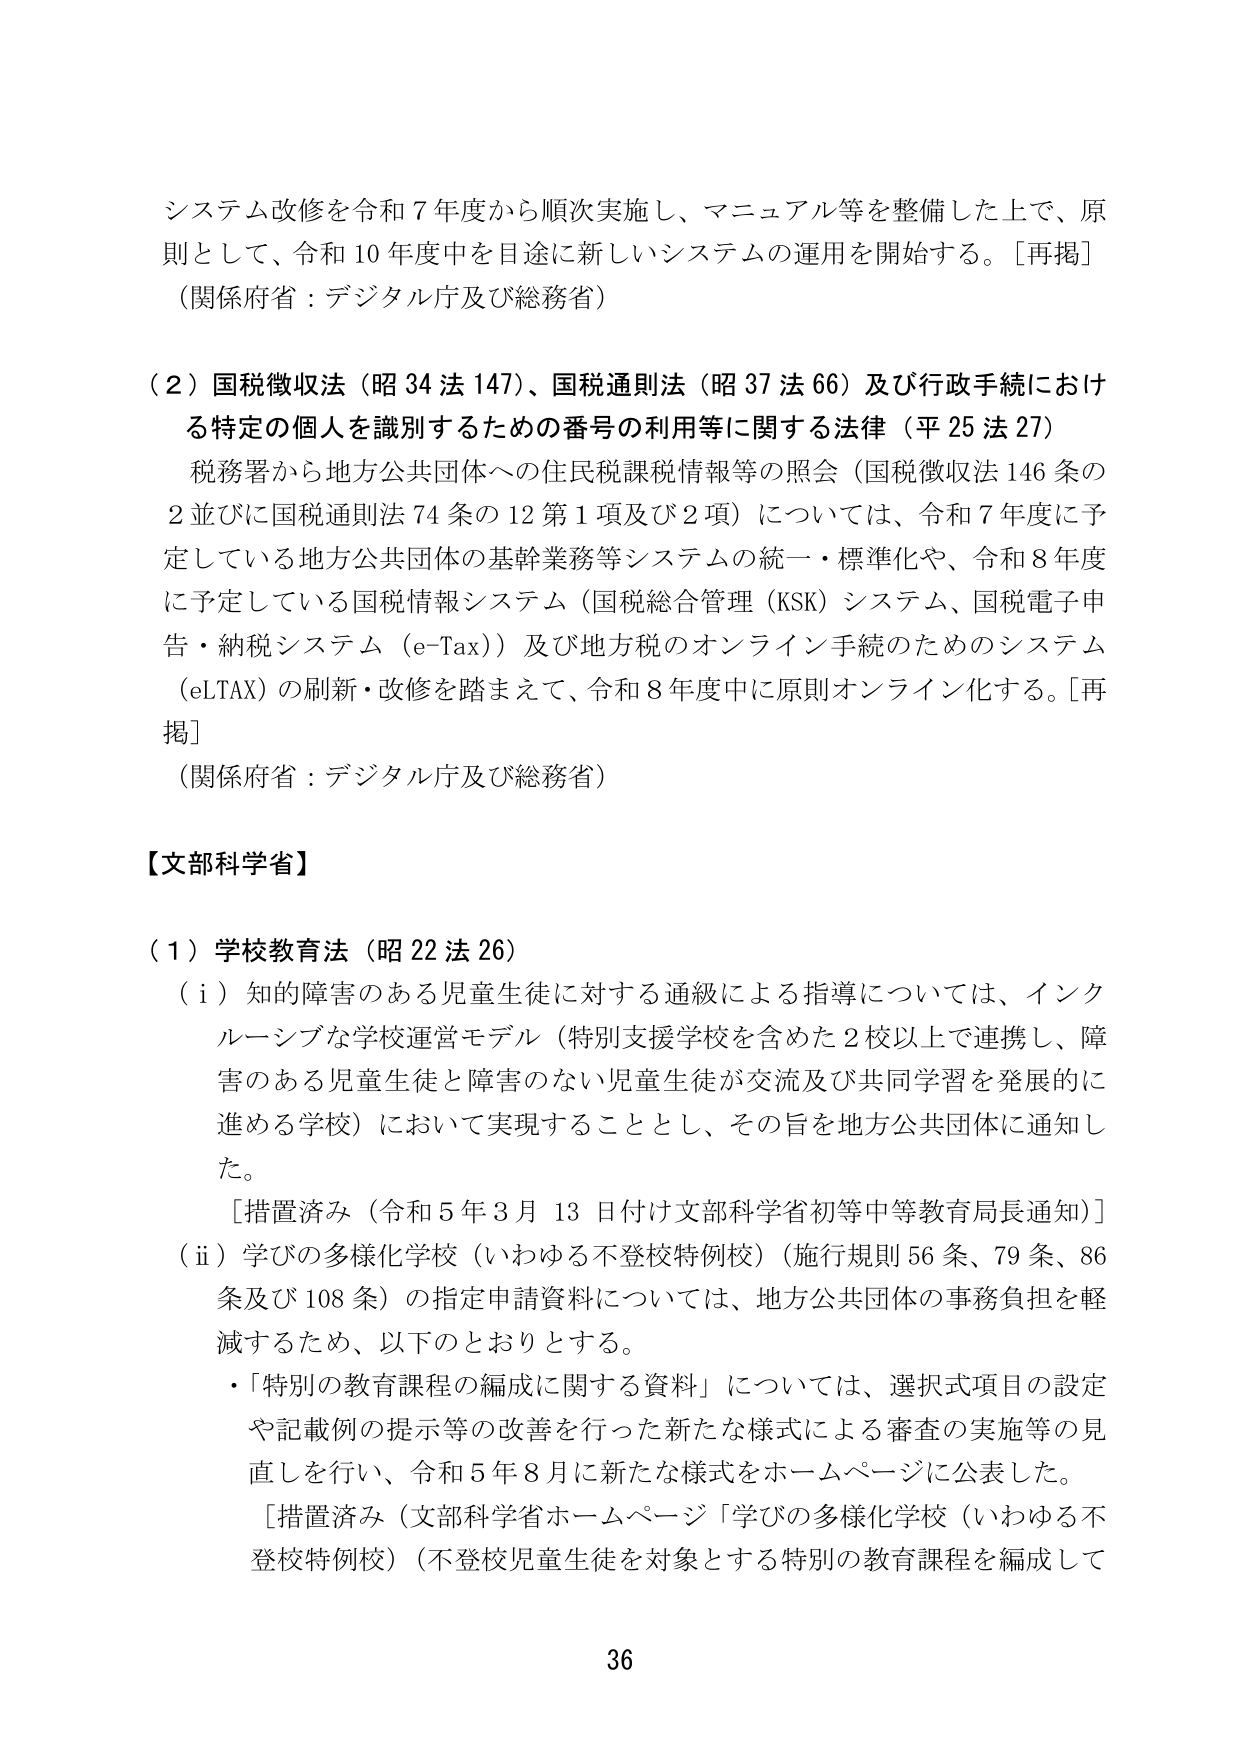
システム改修を令和７年度から順次実施し、マニュアル等を整備した上で、原則として、令和10年度中を目途に新しいシステムの運用を開始する。［再掲］
（関係府省：デジタル庁及び総務省）

（２）国税徴収法（昭34法147）、国税通則法（昭37法66）及び行政手続における特定の個人を識別するための番号の利用等に関する法律（平25法27）
　税務署から地方公共団体への住民税課税情報等の照会（国税徴収法146条の2並びに国税通則法74条の12第1項及び2項）については、令和7年度に予定している地方公共団体の基幹業務等システムの統一・標準化や、令和8年度に予定している国税情報システム（国税総合管理（KSK）システム、国税電子申告・納税システム（e-Tax））及び地方税のオンライン手続のためのシステム（eLTAX）の刷新・改修を踏まえて、令和8年度中に原則オンライン化する。［再掲］
（関係府省：デジタル庁及び総務省）

【文部科学省】

（１）学校教育法（昭22法26）
　（i）知的障害のある児童生徒に対する通級による指導については、インクルーシブな学校運営モデル（特別支援学校を含めた2校以上で連携し、障害のある児童生徒と障害のない児童生徒が交流及び共同学習を発展的に進める学校）において実現することとし、その旨を地方公共団体に通知した。
　［措置済み（令和5年3月13日付け文部科学省初等中等教育局長通知）］
　（ii）学びの多様化学校（いわゆる不登校特例校）（施行規則56条、79条、86条及び108条）の指定申請資料については、地方公共団体の事務負担を軽減するため、以下のとおりとする。
　・「特別の教育課程の編成に関する資料」については、選択式項目の設定や記載例の提示等の改善を行った新たな様式による審査の実施等の見直しを行い、令和5年8月に新たな様式をホームページに公表した。
　［措置済み（文部科学省ホームページ「学びの多様化学校（いわゆる不登校特例校）（不登校児童生徒を対象とする特別の教育課程を編成して

36